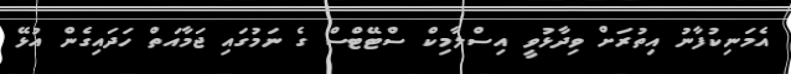
އެމަނިކުފާނު އިތުރަށް ވިދާޅުވީ އިސްލާމިކް ސްޓޭޓްސް ގެ ނަމުގައި ޖަމާއަތް ހަދައިގެން އުޅޭ